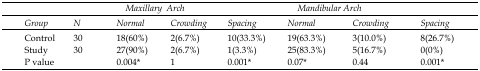
<table><thead><tr><td></td><td></td><td colspan="3"><b>Maxillary Arch</b></td><td colspan="3"><b>Mandibular Arch</b></td></tr><tr><td><b>Group</b></td><td><b>N</b></td><td><b>Normal</b></td><td><b>Crowding</b></td><td><b>Spacing</b></td><td><b>Normal</b></td><td><b>Crowding</b></td><td><b>Spacing</b></td></tr></thead><tbody><tr><td>Control</td><td>30</td><td>18(60%)</td><td>2(6.7%)</td><td>10(33.3%)</td><td>19(63.3%)</td><td>3(10.0%)</td><td>8(26.7%)</td></tr><tr><td>Study</td><td>30</td><td>27(90%)</td><td>2(6.7%)</td><td>1(3.3%)</td><td>25(83.3%)</td><td>5(16.7%)</td><td>0(0%)</td></tr><tr><td>P value</td><td></td><td>0.004*</td><td>1</td><td>0.001*</td><td>0.07*</td><td>0.44</td><td>0.001*</td></tr></tbody></table>